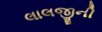
લાલજીની